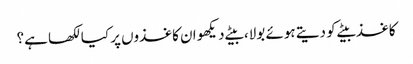
کاغذ بیٹے کو دیتے ہوئے بولا، بیٹے دیکھو ان کاغذوں پر کیا لکھا ہے؟